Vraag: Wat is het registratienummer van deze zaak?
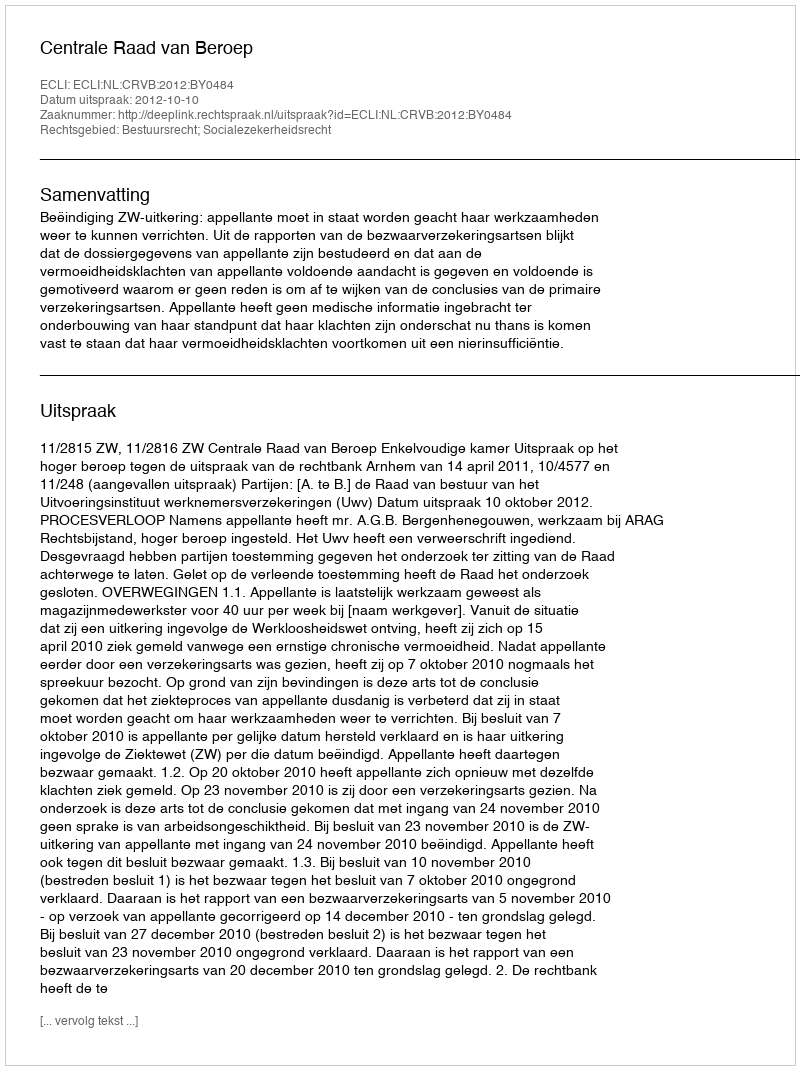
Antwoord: http://deeplink.rechtspraak.nl/uitspraak?id=ECLI:NL:CRVB:2012:BY0484